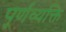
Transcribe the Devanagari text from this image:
पूर्णव्यक्ति